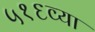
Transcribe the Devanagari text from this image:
५१६व्या